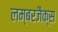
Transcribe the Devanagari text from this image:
लम्बरजैक्स